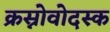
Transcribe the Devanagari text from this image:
क्रस्नोवोदस्क